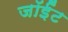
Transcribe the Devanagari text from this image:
जॉईंट